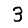
Digit: 3